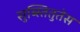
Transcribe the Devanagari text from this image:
सुब्स्तितुतेस